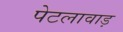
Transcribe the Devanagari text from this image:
पेटलावाड़